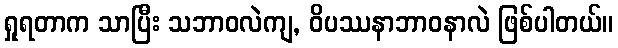
ရှုရတာက သာပြီး သဘာဝလဲကျ, ဝိပဿနာဘာဝနာလဲ ဖြစ်ပါတယ်။